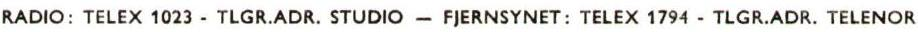
RADIO: TELEX 1023 - TLGR.ADR. STUDIO - FJERNSYNET: TELEX 1794 - TLGR.ADR. TELENOR